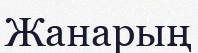
Жанарың